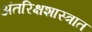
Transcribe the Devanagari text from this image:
अंतरिक्षशास्त्रात